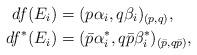
LaTeX: \begin{align*}df(E_i)&=(p\alpha_i,q\beta_i)_{(p,q)},\\df^*(E_i)&=(\bar{p}\alpha^*_i, q\bar{p}\beta^*_i)_{(\bar{p},q\bar p)},\end{align*}